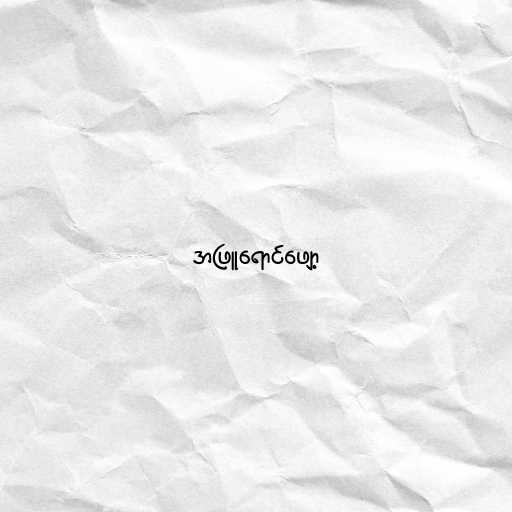
အဖြူရောင်ဖျော့